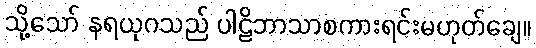
သို့သော် နရယုဂသည် ပါဠိဘာသာစကားရင်းမဟုတ်ချေ။